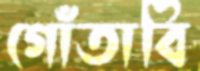
গোঁতাবি